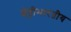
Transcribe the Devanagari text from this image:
शेट्टीभारतीय